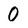
Character: 0